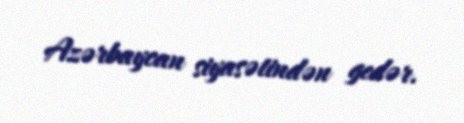
Azərbaycan siyasətindən gedər.